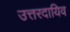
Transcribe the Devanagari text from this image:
उत्तरदायिव